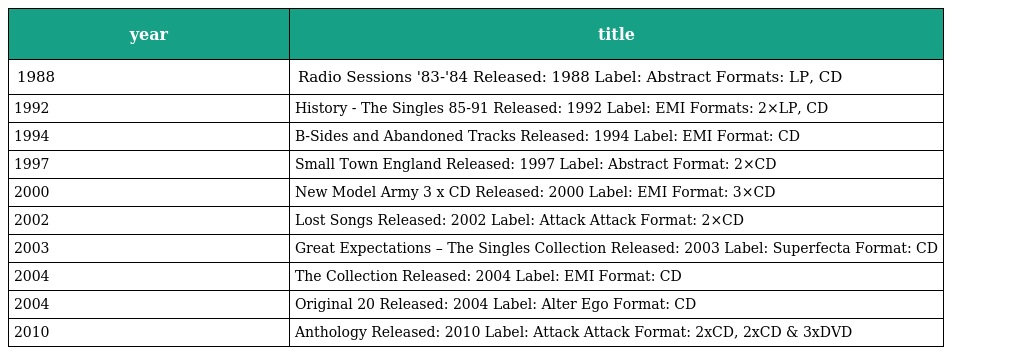
| year | title |
 | --- | --- |
 | 1988 | Radio Sessions '83-'84 Released: 1988 Label: Abstract Formats: LP, CD |
 | 1992 | History - The Singles 85-91 Released: 1992 Label: EMI Formats: 2×LP, CD |
 | 1994 | B-Sides and Abandoned Tracks Released: 1994 Label: EMI Format: CD |
 | 1997 | Small Town England Released: 1997 Label: Abstract Format: 2×CD |
 | 2000 | New Model Army 3 x CD Released: 2000 Label: EMI Format: 3×CD |
 | 2002 | Lost Songs Released: 2002 Label: Attack Attack Format: 2×CD |
 | 2003 | Great Expectations – The Singles Collection Released: 2003 Label: Superfecta Format: CD |
 | 2004 | The Collection Released: 2004 Label: EMI Format: CD |
 | 2004 | Original 20 Released: 2004 Label: Alter Ego Format: CD |
 | 2010 | Anthology Released: 2010 Label: Attack Attack Format: 2xCD, 2xCD & 3xDVD |